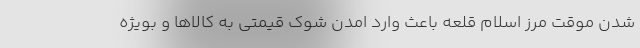
شدن موقت مرز اسلام قلعه باعث وارد امدن شوک قیمتی به کالاها و بویژه